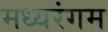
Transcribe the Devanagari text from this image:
मध्यरंगम